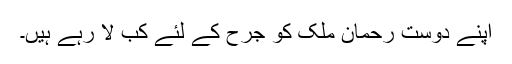
اپنے دوست رحمان ملک کو جرح کے لئے کب لا رہے ہیں۔